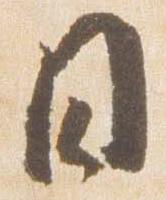
日